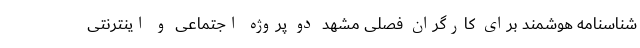
شناسنامه‌ هوشمند برای کارگران فصلی مشهد دو پروژه اجتماعی و اینترنتی